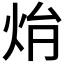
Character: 𤇖